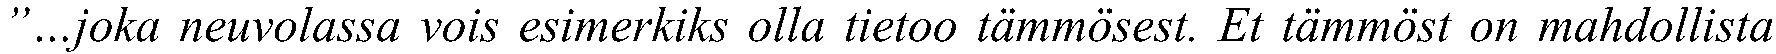
”…joka neuvolassa vois esimerkiks olla tietoo tämmösest. Et tämmöst on mahdollista